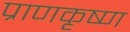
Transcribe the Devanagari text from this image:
प्राणकृष्ण